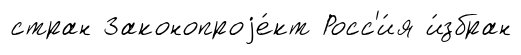
стран Законопроjе́кт Росс'и́я и́збран